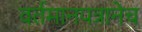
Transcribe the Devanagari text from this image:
वर्तमानपत्रानेच